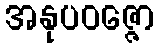
အနုပဝဇ္ဇော